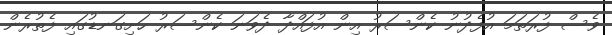
ވެސް ފުރަތަމަ އުފެދުނު ކެންސަރު އިން އުފައްދާ ދެވަނަ ކެންސަރު ހަށިގަނޑުގައި ފެތުރެން